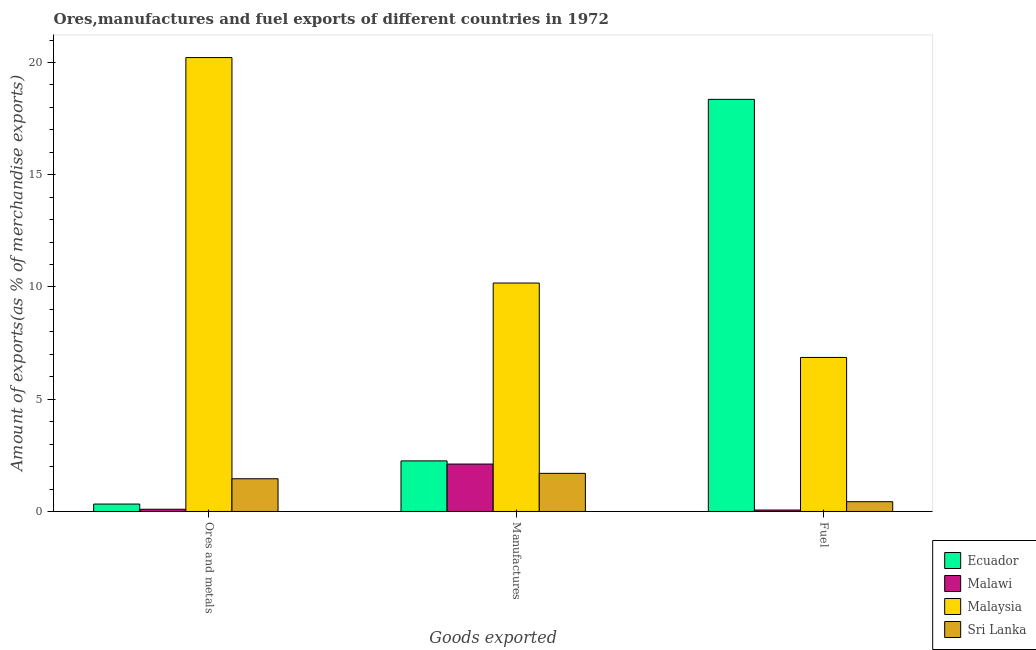
| Goods exported | Ecuador | Malawi | Malaysia | Sri Lanka |
 | --- | --- | --- | --- | --- |
 | Ores and metals | 0.331 | 0.0999 | 20.2 | 1.46 |
 | Manufactures | 2.25 | 2.11 | 10.2 | 1.7 |
 | Fuel | 18.4 | 0.0652 | 6.86 | 0.436 |